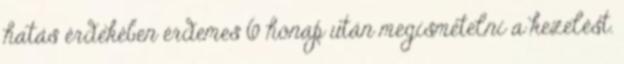
hatás érdekében érdemes 6 hónap után megismételni a kezelést.